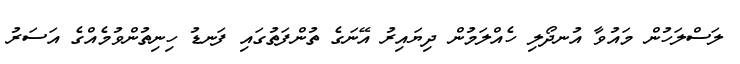
ލަސްލަހުން މައުވާ އުނދޯލި ހެއްލަމުން ދިޔައިރު އޭނަގެ ތުންފަތުގައި ފަނޑު ހިނިތުންވުމެއްގެ އަސަރު